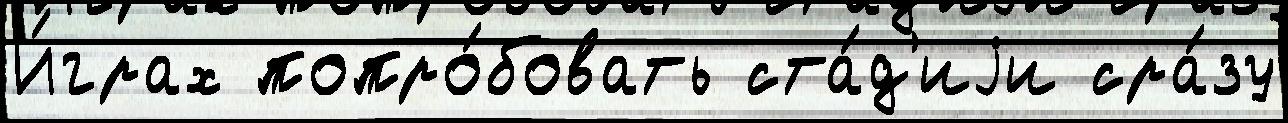
И́грах попро́бовать ста́д'иjи сра́зу